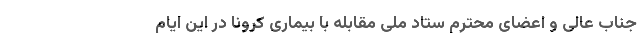
جناب عالی و اعضای محترم ستاد ملی مقابله با بیماری کرونا در این ایام